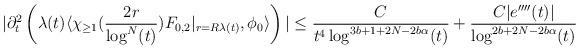
LaTeX: \begin{align*} &|\partial_{t}^{2}\left(\lambda(t) \langle \chi_{\geq 1}(\frac{2r}{\log^{N}(t)})F_{0,2}\vert_{r=R\lambda(t)},\phi_{0}\rangle\right)| \leq \frac{C}{t^{4} \log^{3b+1+2N-2b\alpha}(t)} + \frac{C |e''''(t)|}{\log^{2b+2N-2b\alpha}(t)}\end{align*}